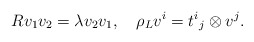
\begin{align*}Rv_1v_2 = \lambda v_2v_1,\quad \rho_L v^i = {t^i}_j \otimes v^j.\end{align*}